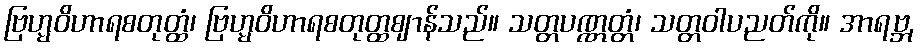
ဗြဟ္မဝိဟာရစတုတ္ထံ၊ ဗြဟ္မဝိဟာရစတုတ္ထဈာန်သည်။ သတ္တပဏ္ဏတ္တံ၊ သတ္တဝါပညတ်ကို။ အာရဗ္ဘ,